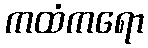
ကထံကရော